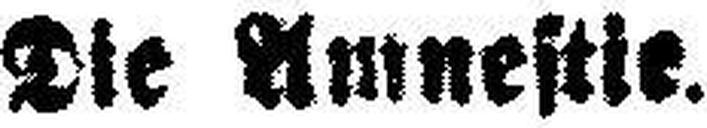
Die Amnestie.